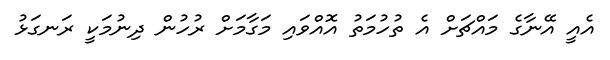
އެއީ އޭނާގެ މައްޗަށް އެ ތުހުމަތު އޮއްވައި މަގާމަށް ރުހުން ދިނުމަކީ ރަނގަޅު